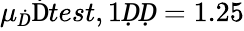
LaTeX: \mu_{Ḋ}\mathrm{Ḋ}test,1ḌḌ=1.25